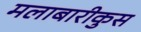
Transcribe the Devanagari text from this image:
मलाबारीकुस